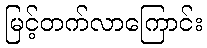
မြင့်တက်လာကြောင်း